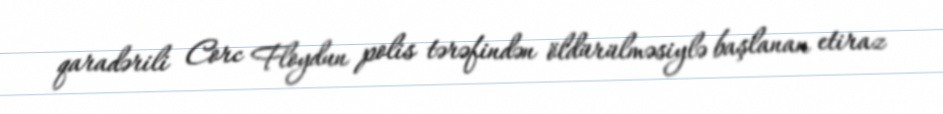
qaradərili Corc Floydun polis tərəfindən öldürülməsiylə başlanan etiraz